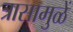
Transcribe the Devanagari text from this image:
त्रासामुळें